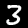
Digit: 3